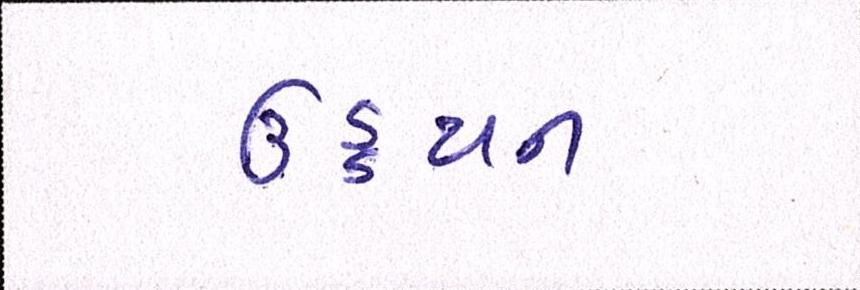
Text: ઉડ્ડયન